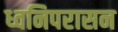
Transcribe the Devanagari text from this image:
ध्वनिपरासन